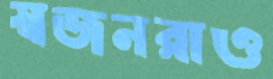
স্বজনরাও